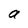
Character: a